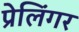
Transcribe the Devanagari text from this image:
प्रेलिंगर